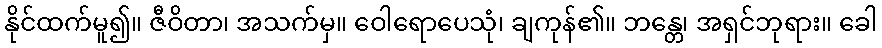
နိုင်ထက်မူ၍။ ဇီဝိတာ၊ အသက်မှ။ ဝေါရောပေသုံ၊ ချကုန်၏။ ဘန္တေ၊ အရှင်ဘုရား။ ခေါ